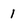
Character: 1